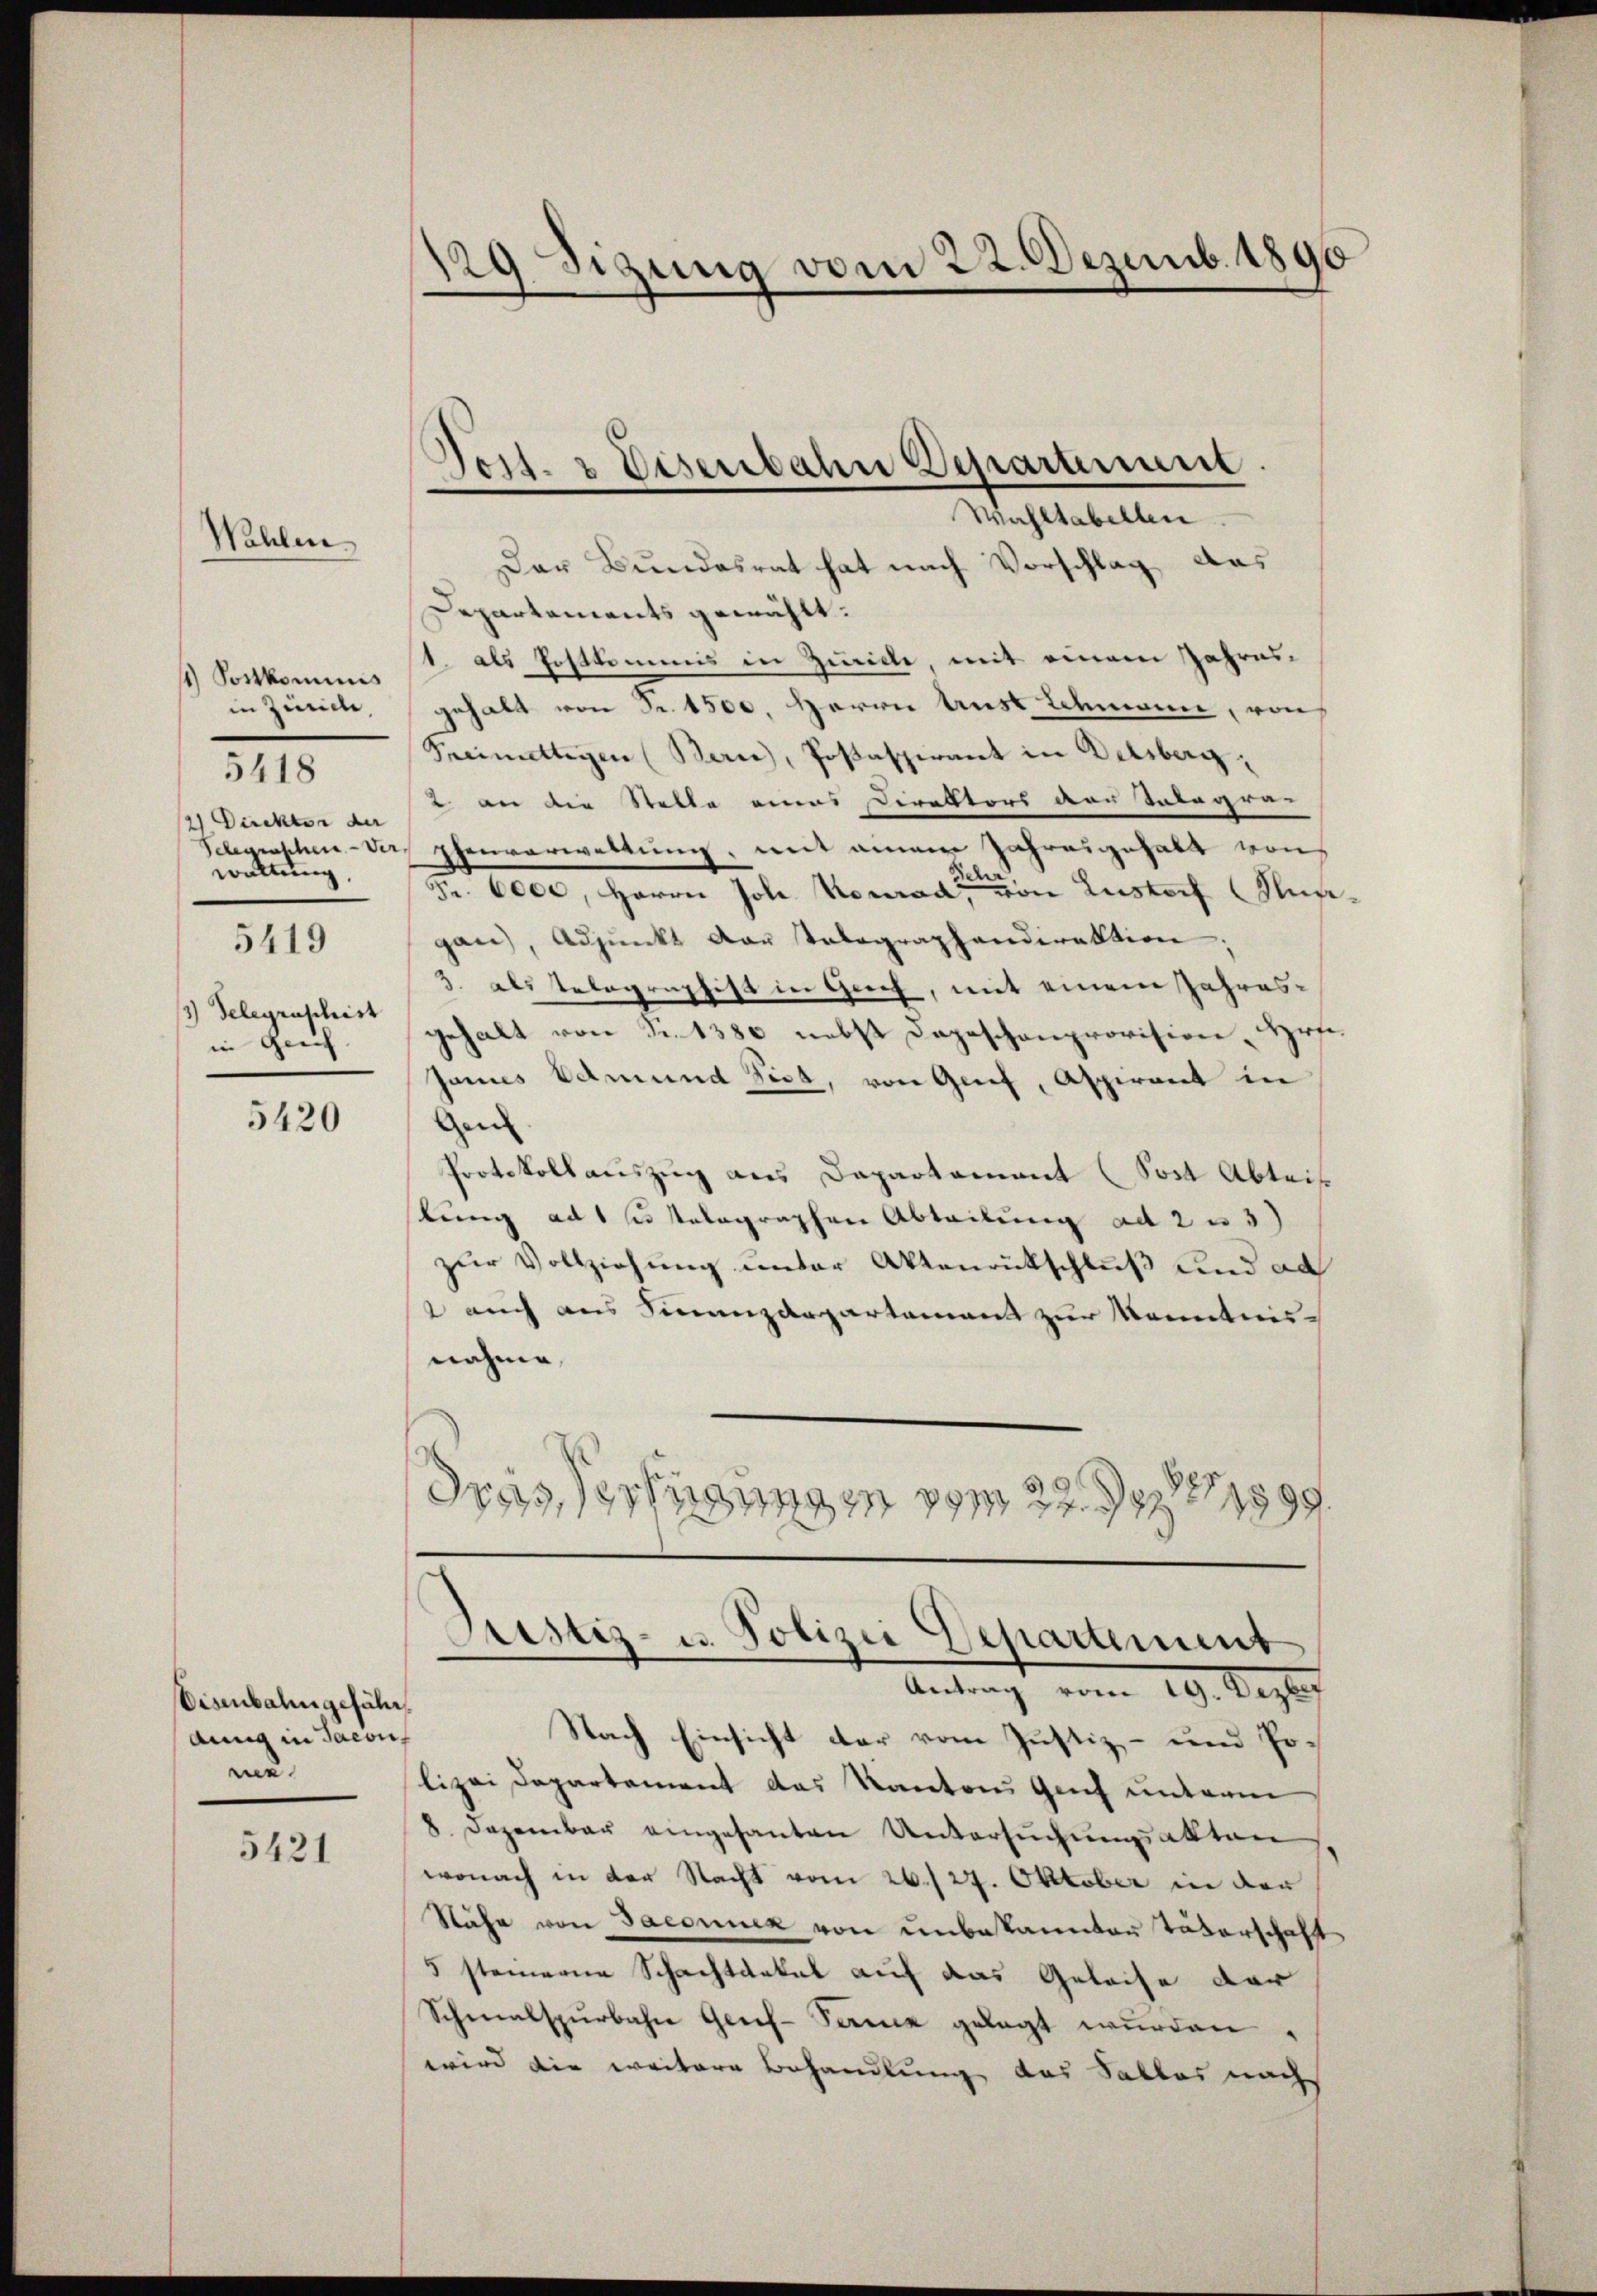
Wahlen

1) Postkommis
in Zürich,
2 Duckter der
waltung,
5419
3) Telegraphist
in gleich

5418

5420

Eisenbahn gefähr.
Anna in Jacon
me¬

5421

129 digung vom 22. Dezemb. 1890

Post. 2 Eisenbahn Departement.

Wahltabellen.
Dar Bundesrat hat nach Vorschlag das
Departements gewählt:
1. als Erstkommis in Zuricle mit einem Jahresgehalt von Fr. 1500. Herrn Aust Schmann, von
Pneimittigen (Bern, Posaspirant in Delsberg,
2 an die Stelle eines Direktors der Tabayre-
Selegenschen - das Ehenverwaltung, mit einem Jahresgehalt von
Fr. 6000, Herrn Joh. Konrad von Lustorf Numgan), Adjunkt der Tolographandirektion:
3. als Telegraphist in Gech, mit einem Jahresgehalt von Fr. 1380 nebst Depeschenprovision, Hr.
Janus Edmund Sist, von Greif, Aspirant in
Gen
Protokollauszug aus Dapartement (Sost Abteis
stung ad 1 e selographen Abteilung ad 2 u 3)
zur Vollziehung unter Aktenrütschluß und ad
2 auch aus Finanzdepartamens zur konnten-
nahme
ois
fügungen vom 22. Der 1 1899.
Justiz- u. Polizei Departement
Antrag vom 19. Dezber
Nach Einsicht der vom Justiz- und Polizei Departement das Kantons Genf unterm
8. Dezember eingesanten Untersuchungsakten
wonach in der Nacht vom 26./27. Oktober in der
Nähe von Jacomuck von unbekannten Täterschaft
5 steinere Schachtackel auf das Geleise der
Schmalspurbahne Geres-Ferck gelegt wurden.
wird die weitere Behandlung des Salles nach